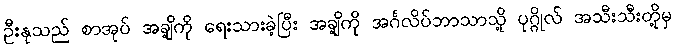
ဦးနုသည် စာအုပ် အချို့ကို ရေးသားခဲ့ပြီး အချို့ကို အင်္ဂလိပ်ဘာသာသို့ ပုဂ္ဂိုလ် အသီးသီးတို့မှ